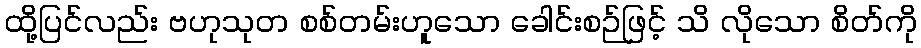
ထို့ပြင်လည်း ဗဟုသုတ စစ်တမ်းဟူသော ခေါင်းစဉ်ဖြင့် သိ လိုသော စိတ်ကို